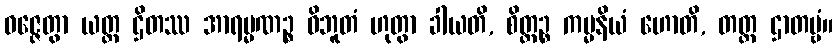
ဝဇ္ဇေတွာ ယတ္ထ ဌိတဿ အာရမ္မဏဉ္စ ဝိဘူတံ ဟုတွာ ခါယတိ, စိတ္တဉ္စ ကမ္မနိယံ ဟောတိ, တတ္ထ ဌာတဗ္ဗံ။